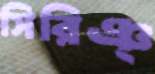
সিরিঞ্